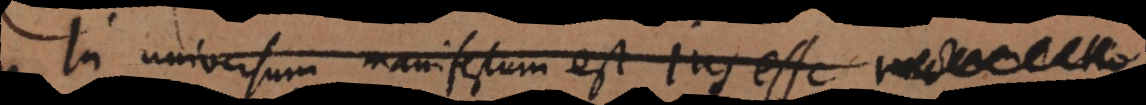
In universum manifestum est jus esse